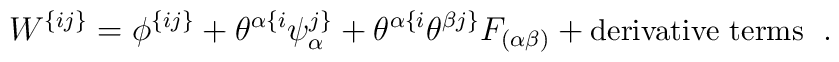
W^{\{ij\}} = \phi^{\{ij\}} + \theta^{\alpha\{i}\psi^{j\}}_\alpha + \theta^{\alpha\{i} \theta^{\beta j\}} F_{(\alpha\beta)} + \mbox{\small derivative terms }\;.